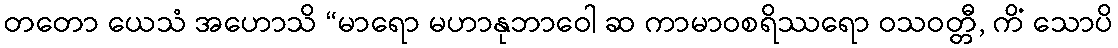
တတော ယေသံ အဟောသိ “မာရော မဟာနုဘာဝေါ ဆ ကာမာဝစရိဿရော ဝသဝတ္တီ, ကိံ သောပိ